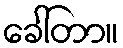
ခေါ်တာ။